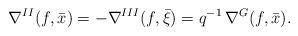
LaTeX: \begin{align*}\nabla^{II}(f,\bar{x})=-\nabla^{III}(f,\bar{\xi})=q^{-1}\, \nabla^{G}(f,\bar{x}). \end{align*}